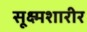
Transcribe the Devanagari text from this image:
सूक्ष्मशारीर